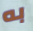
به